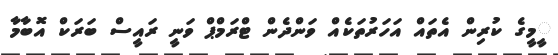
ީމީގެ ކުރިން އެތައް އަހަރުތަކެއް ވަންދެން ޓްރަމްޕް ވަނީ ރައީސް ބަރަކް އޮބާމާ